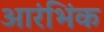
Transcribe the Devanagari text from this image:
आरंभिंक